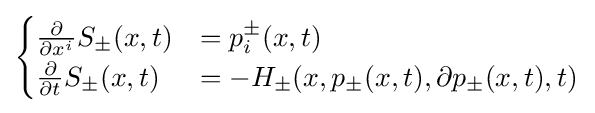
{\begin{cases}{\frac {\partial }{\partial x^{i}}}S_{\pm }(x,t)&=p_{i}^{\pm }(x,t)\\{\frac {\partial }{\partial t}}S_{\pm }(x,t)&=-H_{\pm }(x,p_{\pm }(x,t),\partial p_{\pm }(x,t),t)\end{cases}}